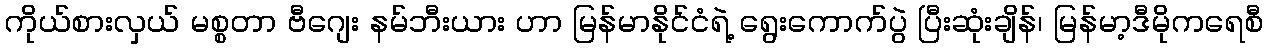
ကိုယ်စားလှယ် မစ္စတာ ဗီဂျေး နမ်ဘီးယား ဟာ မြန်မာနိုင်ငံရဲ့ ရွေးကောက်ပွဲ ပြီးဆုံးချိန်၊ မြန်မာ့ဒီမိုကရေစီ